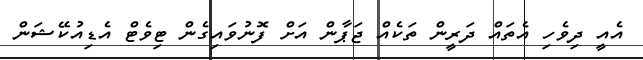
އެއީ ދިވެހި އެތައް ދަރީން ތަކެއް ޖަޕާން އަށް ފޮނުވައިގެން ޓިވެޓް އެޑިއުކޭޝަން